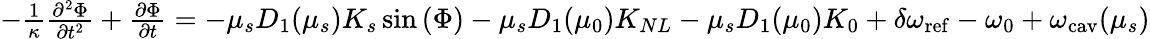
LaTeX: \begin{array}{r}{-\frac{1}{\kappa}\frac{\partial^{2}\Phi}{\partial{t}^{2}}+\frac{\partial\Phi}{\partial{t}}=-\mu_{s}D_{1}(\mu_{s})K_{s}\sin{\left(\Phi\right)}-\mu_{s}D_{1}({\mu}_{0})K_{NL}-\mu_{s}D_{1}({\mu}_{0})K_{0}+\delta\omega_{\mathrm{ref}}-\omega_{0}+\omega_{\mathrm{cav}}(\mu_{s})}\end{array}